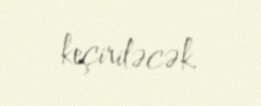
keçiriləcək.